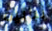
نباتية